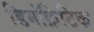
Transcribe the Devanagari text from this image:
डिमॉक्रेटिक